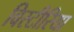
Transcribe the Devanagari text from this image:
विस्टीरिया